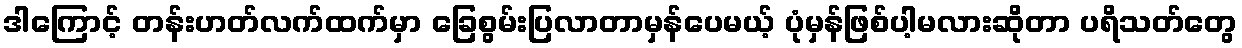
ဒါကြောင့် တန်းဟတ်လက်ထက်မှာ ခြေစွမ်းပြလာတာမှန်ပေမယ့် ပုံမှန်ဖြစ်ပါ့မလားဆိုတာ ပရိသတ်တွေ